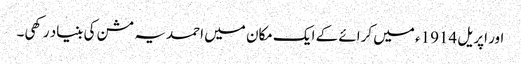
اور اپریل 1914ء میں کرائے کے ایک مکان میں احمدیہ مشن کی بنیاد رکھی۔